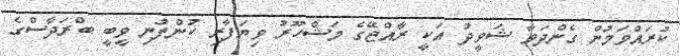
ކުރައްވަމުން ގެންދަވާ ޝަވީދު އަކީ ރާއްޖޭގެ މަޝްހޫރު ވިޔަފާރި ކުންފުނި ވީބީ ބްރަދާސްގެ